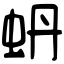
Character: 蚒